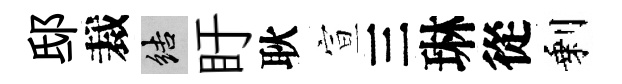
邸裁結盱耿宣三琳從剩